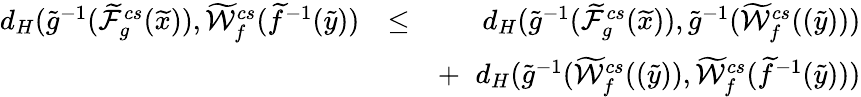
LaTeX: \begin{array}{rlr}{d_{H}(\widetilde{g}^{-1}(\widetilde{{\mathcal F}}_{g}^{cs}(\widetilde{x})),\widetilde{{\mathcal W}}_{f}^{cs}(\widetilde{f}^{-1}(\widetilde{y}))}&{\le}&{d_{H}(\widetilde{g}^{-1}(\widetilde{{\mathcal F}}_{g}^{cs}(\widetilde{x})),\widetilde{g}^{-1}(\widetilde{{\mathcal W}}_{f}^{cs}((\widetilde{y})))}\\ &{}&{+\; \; d_{H}(\widetilde{g}^{-1}(\widetilde{{\mathcal W}}_{f}^{cs}((\widetilde{y})),\widetilde{{\mathcal W}}_{f}^{cs}(\widetilde{f}^{-1}(\widetilde{y})))}\end{array}